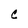
Character: C